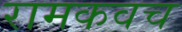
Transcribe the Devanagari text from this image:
रामकवच